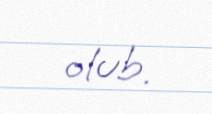
olub.